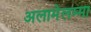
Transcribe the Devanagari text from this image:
अलामेलम्मा